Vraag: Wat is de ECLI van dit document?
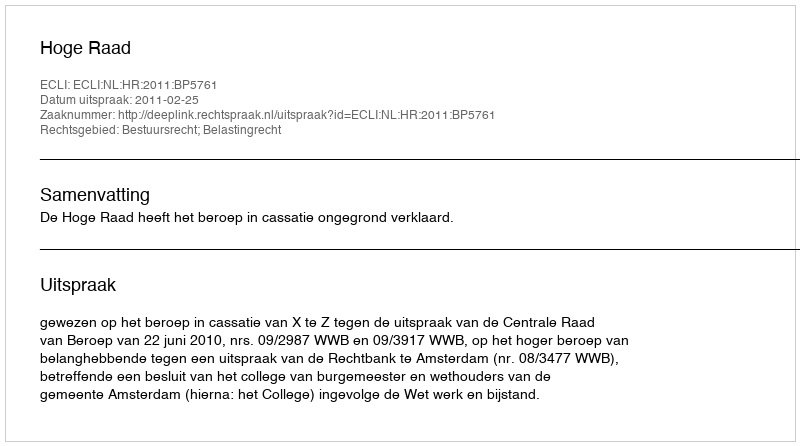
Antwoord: ECLI:NL:HR:2011:BP5761